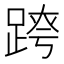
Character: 𨂍